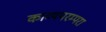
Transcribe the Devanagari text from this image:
काव्यपरम्परा